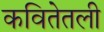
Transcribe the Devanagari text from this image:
कवितेतली